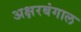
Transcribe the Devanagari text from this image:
अक्षरबंगाल